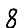
Digit: 8